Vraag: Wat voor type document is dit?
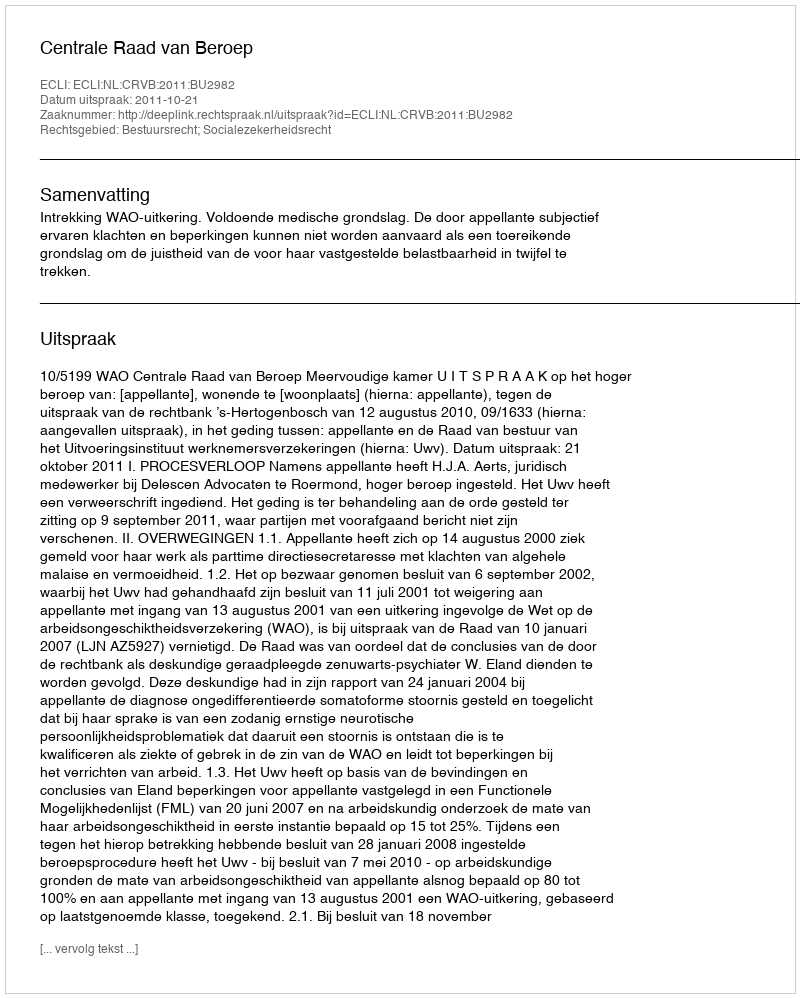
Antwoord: Uitspraak